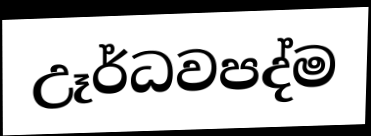
උෑර්ධවපද්ම